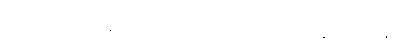
ဝတ္ထုကတာတိ မပစ္စယံ ရူပံတွေဝ သရီရမံသံ ပရိဝတ္တီယန္တိ သမ္ဘာဝေန္တိ